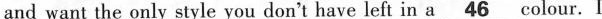
and want the only style you don't have left in a\underline46 colour. I